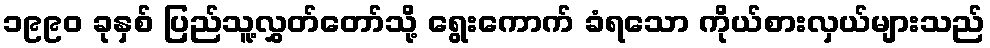
၁၉၉၀ ခုနှစ် ပြည်သူ့လွှတ်တော်သို့ ရွေးကောက် ခံရသော ကိုယ်စားလှယ်များသည်